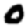
Digit: 0